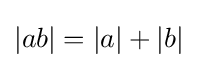
|ab|=|a|+|b|